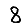
Digit: 8